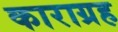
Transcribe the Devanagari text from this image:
काराग्रह